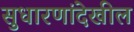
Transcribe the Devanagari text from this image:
सुधारणांदेखील